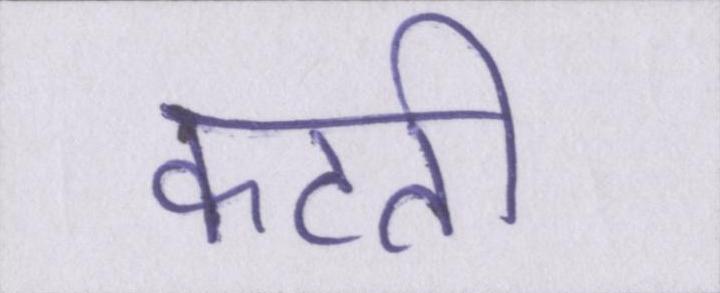
कटती